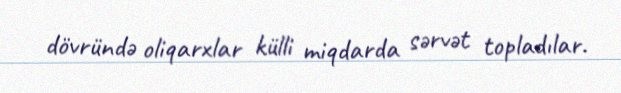
dövründə oliqarxlar külli miqdarda sərvət topladılar.